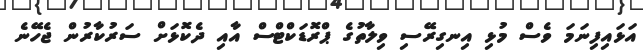
އަަޅައިފިނަމަ ވެސް މުޅި އިނގިރޭސި ވިލާތުގެ ޕްރޮޑަކްޓްސް އާއި ދެކޮޅަށް ސަރުކާރުން ޖެހޭނެ